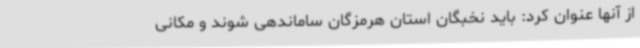
از آنها عنوان کرد: باید نخبگان استان هرمزگان ساماندهی شوند و مکانی